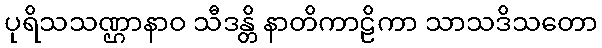
ပုရိသသဏ္ဌာနာဝ သီဒန္တိ နာတိကာဠိကာ သာသဒိသတော